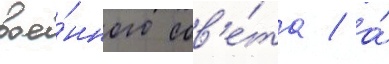
вое́нного сов'е́та / а́